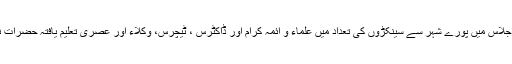
اس خصوصی اجلاس میں پورے شہر سے سینکڑوں کی تعداد میں علماء و ائمہ کرام اور ڈاکٹرس ، ٹیچرس، وکلاء اور عصری تعلیم یافتہ حضرات نے شرکت کی۔